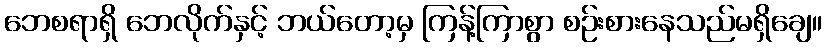
ဘေစရာရှိ ဘေလိုက်နှင့် ဘယ်တော့မှ ကြန့်ကြာစွာ စဉ်းစားနေသည်မရှိချေ။